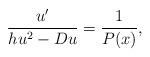
LaTeX: \begin{align*}\frac{u^\prime}{h u^2 -D u} = \frac{1}{P(x)} ,\end{align*}